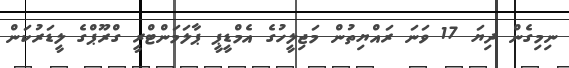
ނިމިގެން ދިޔަ 17 ވަނަ ރައްޔިތުން މަޖިލީހުގެ އެމްޑީޕީ ޕާލަމަންޓްރީ ގްރޫޕްގެ ލީޑަރުކަން